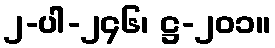
၂-ပါ-၂၄၆၊ ဋ္ဌ-၂၀၁။